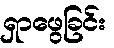
ရှာဖွေခြင်း